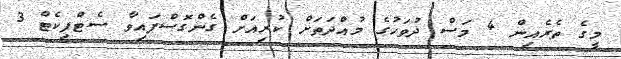
މީގެ ތެރެއިން 4 މަސް ދުވަހުގެ މުއްދަތަށް ކުރިއަށް ގެންގޮސްފައިވާ ސެޓްފިކެޓް 3